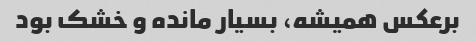
برعکس همیشه، بسیار مانده و خشک بود